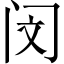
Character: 闵